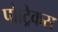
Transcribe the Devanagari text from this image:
पोट्रिकस